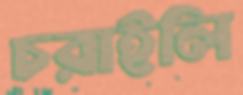
চরাইলি